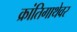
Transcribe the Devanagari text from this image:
क्रांतिगाथेवर